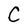
Character: C